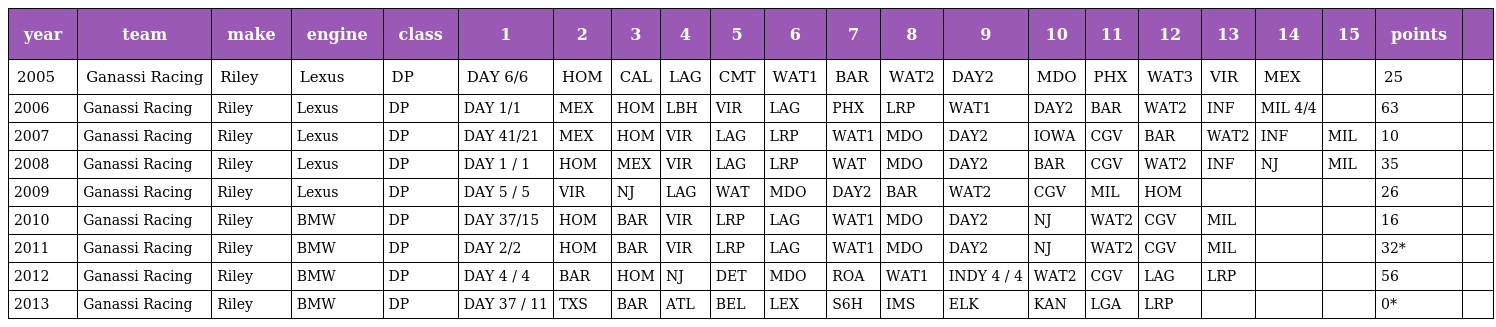
| year | team | make | engine | class | 1 | 2 | 3 | 4 | 5 | 6 | 7 | 8 | 9 | 10 | 11 | 12 | 13 | 14 | 15 | points |  |
 | --- | --- | --- | --- | --- | --- | --- | --- | --- | --- | --- | --- | --- | --- | --- | --- | --- | --- | --- | --- | --- | --- |
 | 2005 | Ganassi Racing | Riley | Lexus | DP | DAY 6/6 | HOM | CAL | LAG | CMT | WAT1 | BAR | WAT2 | DAY2 | MDO | PHX | WAT3 | VIR | MEX |  | 25 |  |
 | 2006 | Ganassi Racing | Riley | Lexus | DP | DAY 1/1 | MEX | HOM | LBH | VIR | LAG | PHX | LRP | WAT1 | DAY2 | BAR | WAT2 | INF | MIL 4/4 |  | 63 |  |
 | 2007 | Ganassi Racing | Riley | Lexus | DP | DAY 41/21 | MEX | HOM | VIR | LAG | LRP | WAT1 | MDO | DAY2 | IOWA | CGV | BAR | WAT2 | INF | MIL | 10 |  |
 | 2008 | Ganassi Racing | Riley | Lexus | DP | DAY 1 / 1 | HOM | MEX | VIR | LAG | LRP | WAT | MDO | DAY2 | BAR | CGV | WAT2 | INF | NJ | MIL | 35 |  |
 | 2009 | Ganassi Racing | Riley | Lexus | DP | DAY 5 / 5 | VIR | NJ | LAG | WAT | MDO | DAY2 | BAR | WAT2 | CGV | MIL | HOM |  |  |  | 26 |  |
 | 2010 | Ganassi Racing | Riley | BMW | DP | DAY 37/15 | HOM | BAR | VIR | LRP | LAG | WAT1 | MDO | DAY2 | NJ | WAT2 | CGV | MIL |  |  | 16 |  |
 | 2011 | Ganassi Racing | Riley | BMW | DP | DAY 2/2 | HOM | BAR | VIR | LRP | LAG | WAT1 | MDO | DAY2 | NJ | WAT2 | CGV | MIL |  |  | 32* |  |
 | 2012 | Ganassi Racing | Riley | BMW | DP | DAY 4 / 4 | BAR | HOM | NJ | DET | MDO | ROA | WAT1 | INDY 4 / 4 | WAT2 | CGV | LAG | LRP |  |  | 56 |  |
 | 2013 | Ganassi Racing | Riley | BMW | DP | DAY 37 / 11 | TXS | BAR | ATL | BEL | LEX | S6H | IMS | ELK | KAN | LGA | LRP |  |  |  | 0* |  |